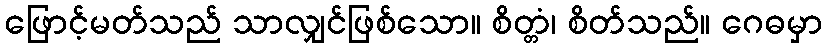
ဖြောင့်မတ်သည် သာလျှင်ဖြစ်သော။ စိတ္တံ၊ စိတ်သည်။ ဂေဓမှာ